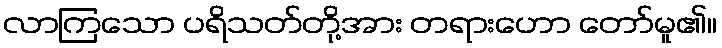
လာကြသော ပရိသတ်တို့အား တရားဟော တော်မူ၏။